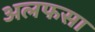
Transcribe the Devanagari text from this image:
अलफसा